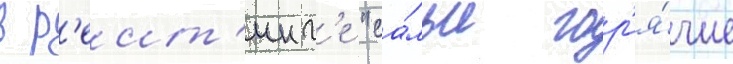
в р'еит'инг'е "са́мые гор'я́чие